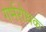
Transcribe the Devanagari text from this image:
गर्भरोधक